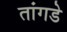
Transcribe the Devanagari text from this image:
तांगडे